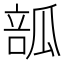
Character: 𤬃